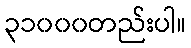
၃၁၀၀၀တည်းပါ။